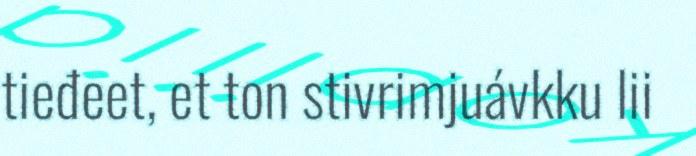
tieđeet, et ton stivrimjuávkku lii